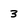
Character: 3